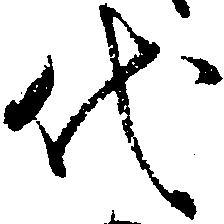
代